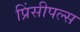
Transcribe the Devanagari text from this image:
प्रिंसीपल्स